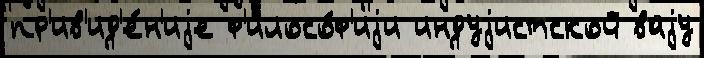
пр'ив'ид'е́н'иjе ф'илосо́ф'иjи индуjистской ваjу